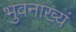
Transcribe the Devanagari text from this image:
भुवनाख्यं